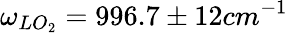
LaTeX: \omega_{LO_{2}}=996.7\pm 12cm^{-1}